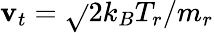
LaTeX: \mathbf{v}_{t}=\sqrt{}{{2k_{B}T_{r}/m_{r}}}